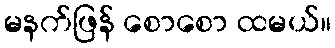
မနက်ဖြန် စောစော ထမယ်။